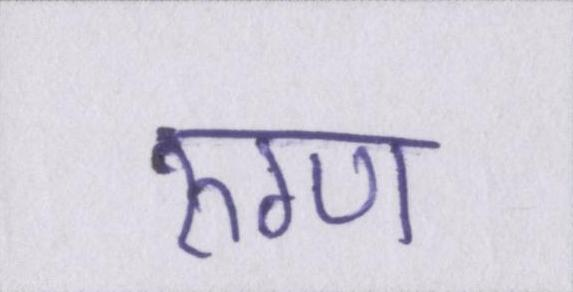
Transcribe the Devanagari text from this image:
रुग्ण